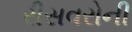
રીસવરોની